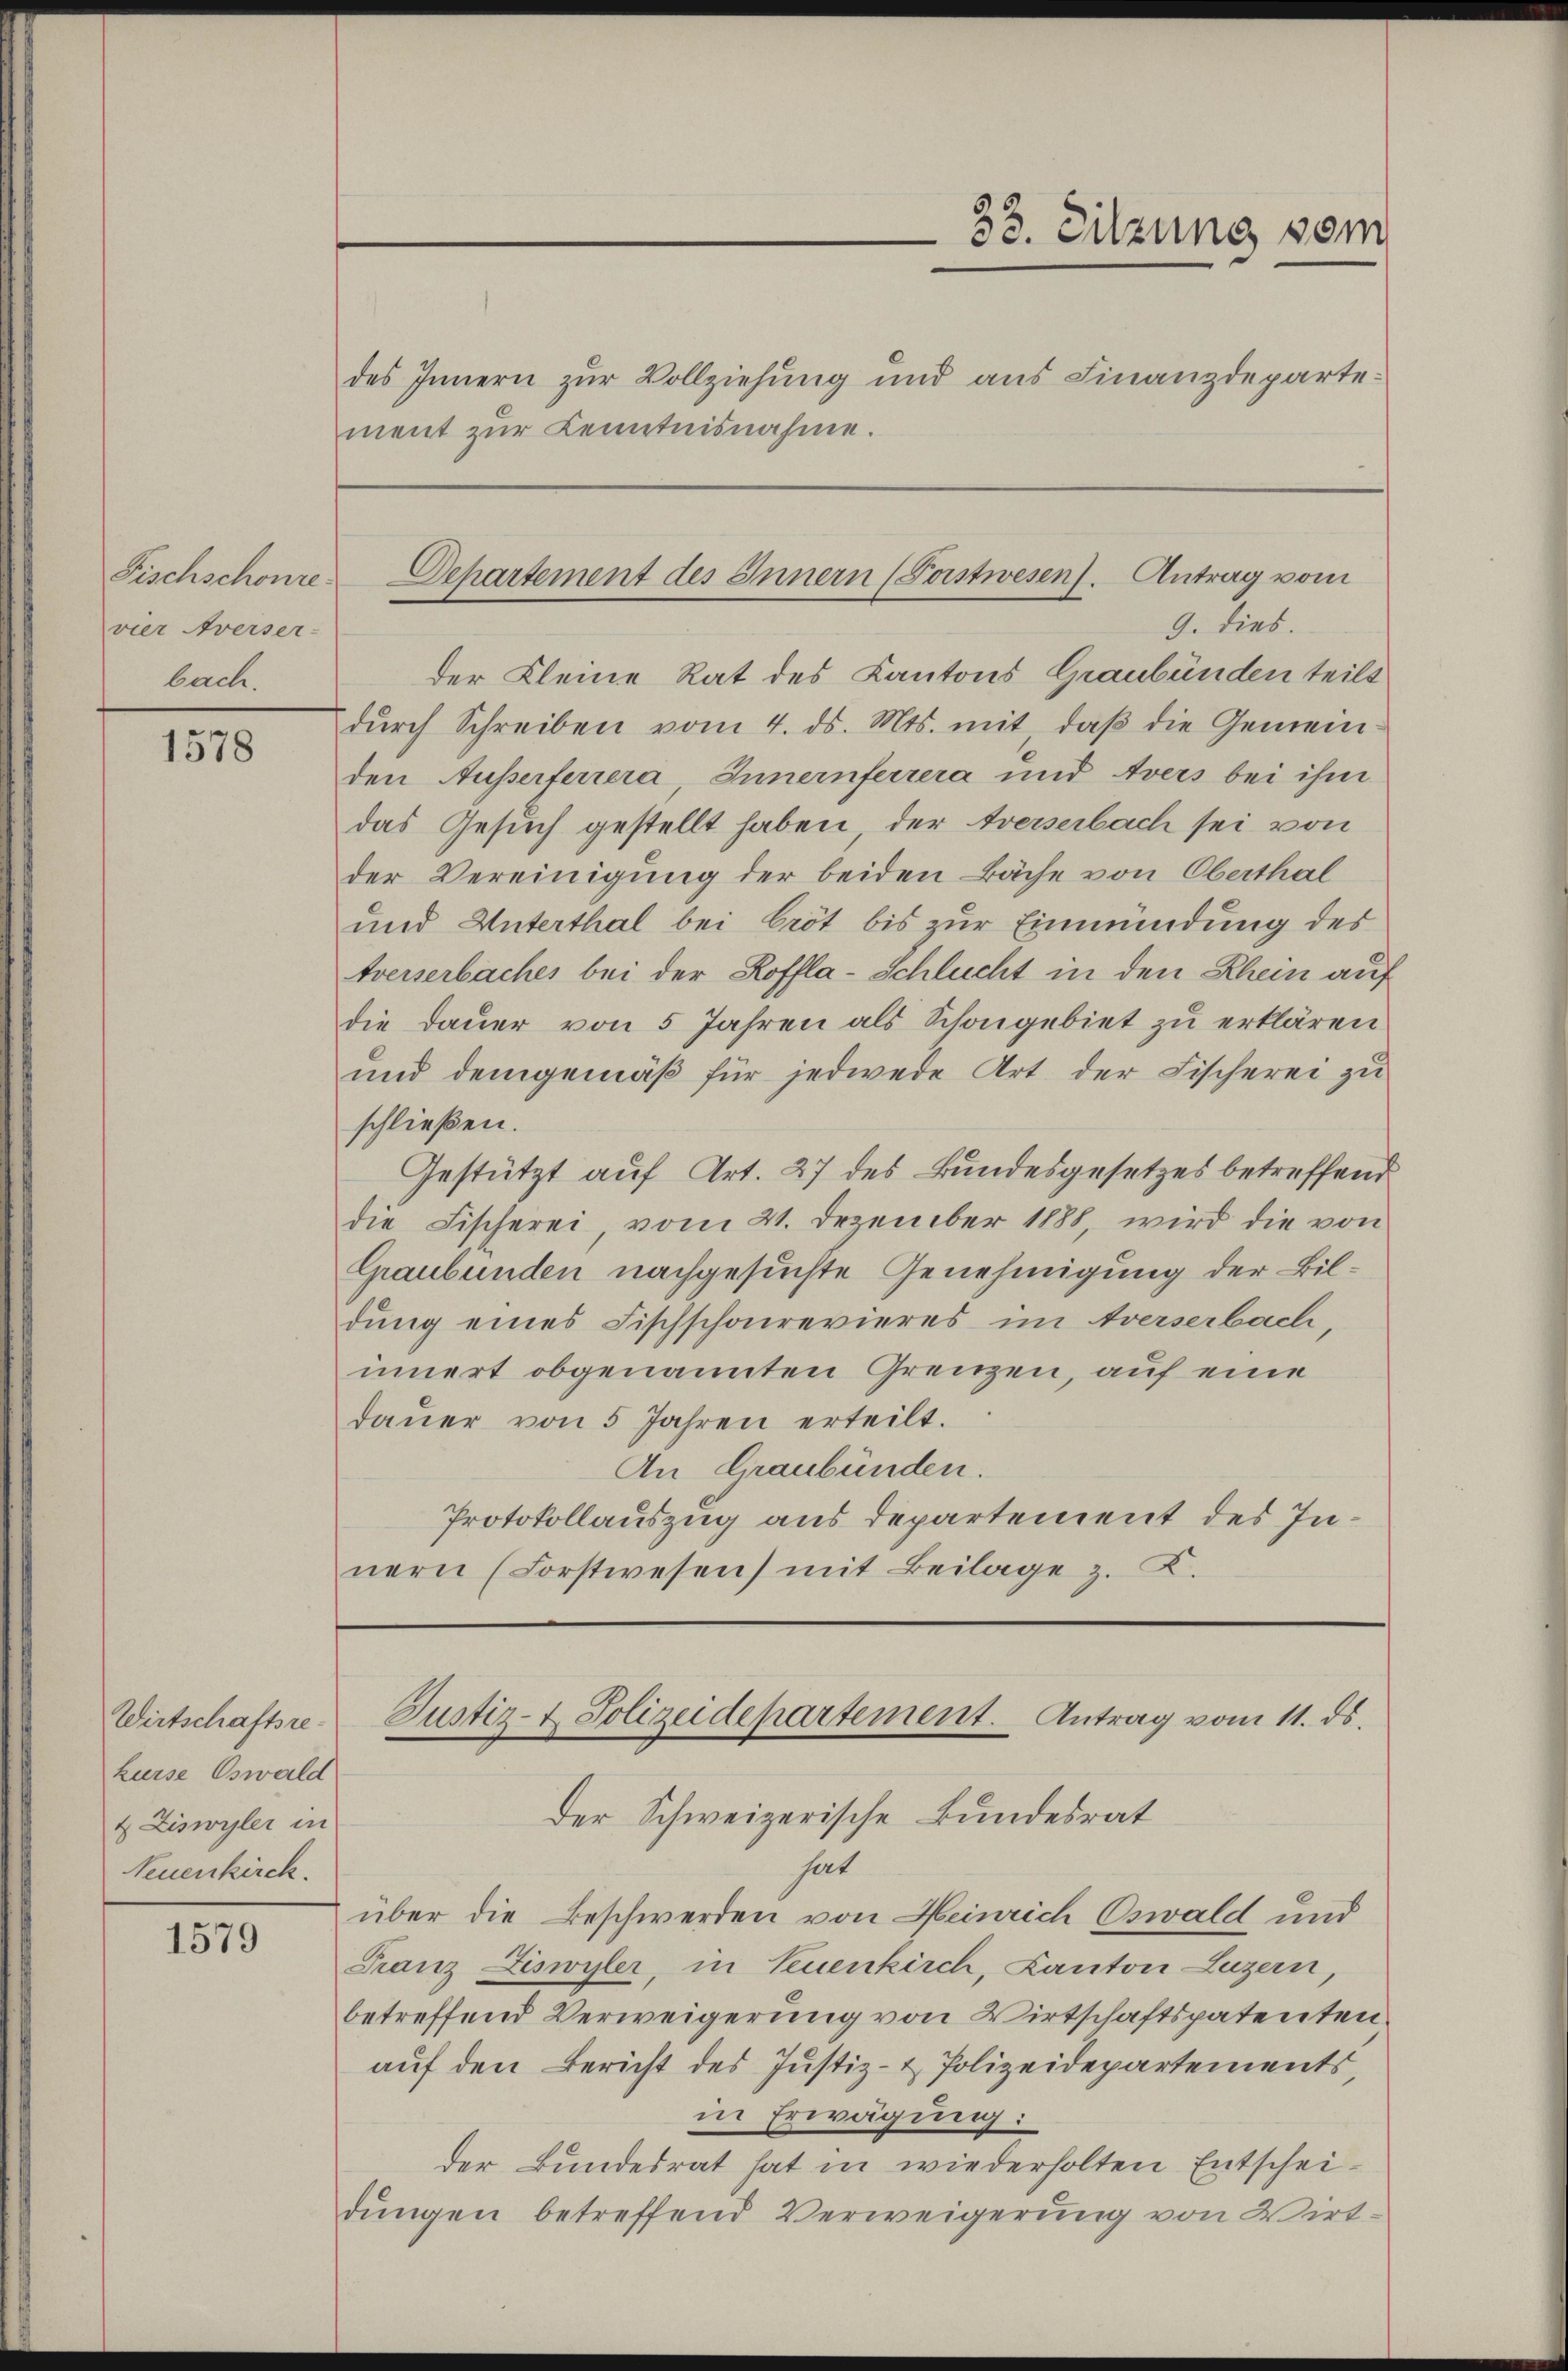
Fischschonre
vier Averser-
bach.

1578

Wirtschaftsrekurse Oswald
4 Ziswyler in
Neuenkirck.

1579

des Innern zur Vollziehung und aus Finanzdeparte:
ment zur Kenntnisnahme.

der Kleine Rat des Kantons Graubünden teilt
dŭrch Schreiben vom 4. ds. Mts. mit daβ die Gemeinden Ausserferrera, Innernferrera und Avers bei ihm
das Gesuch gestellt haben, der treiserbach sei von
der Vereinigung der beiden Bäche von Oberthal
und Unterthal bei Cröt bis zur Einmündung des
tverserbaches bei der Koffla-Schlucht in den Rhein auf
die Dauer von 5 Jahren als Schongebiet zu erklären
und demgemäβ für jedwede Art der Fischerei zu
schließen.
Gestützt auf Art. 27 des Bundesgesetzes betreffend
die Fischerei, vom 21. Dezember 1888 wird die von
Graubünden nachgesuchte Genehmigung der Bildung eines Fischschonrevieres im Averserbach,
innert obgenannten Grenzen, auf eine
daŭer von 5 Jahren erteilt.
An Graubünden.
Protokollauszug aus departement des Innern (Forstwesen) mit Beilage z. K.

33. Sitzung vom

Separtement des Innern (Postwesen). Antrag vom
9. dies.

Justiz- & Polizeidepartement. Antrag vom 11. ds.
Der Schweizerische Bundesrat

hat
über die Beschwerden von Meinrich Oswald und
Franz Ziswyler, in Feuenkirch, Canton Luzern,
betreffend Verweigerung von Wirtschaftspatenten
auf den Bericht des Justiz- & Polizeidepartements,
in Erwägung:
der Bundesrat hat in wiederholten Entscheidungen betreffend Verweigerung von Wirt-